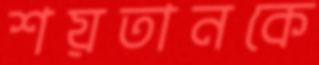
শয়তানকে